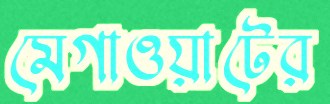
মেগাওয়াটের